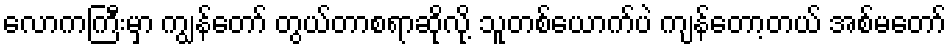
လောကကြီးမှာ ကျွန်တော် တွယ်တာစရာဆိုလို့ သူတစ်ယောက်ပဲ ကျန်တော့တယ် အစ်မတော်